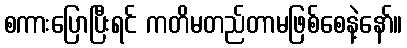
စကားပြောပြီးရင် ကတိမတည်တာမဖြစ်စေနဲ့နော်။